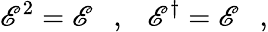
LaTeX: {\cal\mathscr{E}}^{2}={\cal\mathscr{E}}\ \ \ ,\ \ \ {\cal\mathscr{E}}^{\dagger}={\cal\mathscr{E}}\ \ \ ,